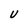
Character: U